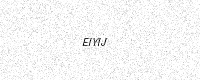
Text: EIYIJ